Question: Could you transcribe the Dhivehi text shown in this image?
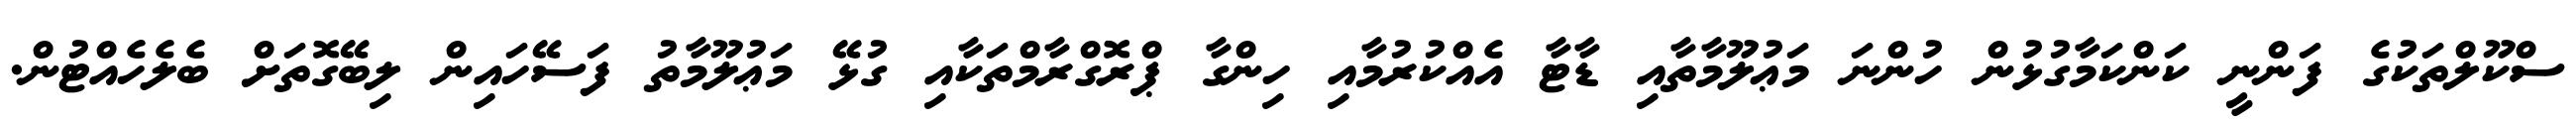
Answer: ސްކޫލްތަކުގެ ފަންނީ ކަންކަމާގުޅުން ހުންނަ މަޢުލޫމާތާއި ޑާޓާ އެއްކުރުމާއި ހިންގާ ޕްރޮގްރާމްތަކާއި ގުޅޭ މަޢުލޫމާތު ފަސޭހައިން ލިބޭގޮތަށް ބެލެހެއްޓުން.